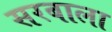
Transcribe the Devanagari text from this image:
सरबाला